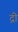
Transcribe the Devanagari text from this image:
द्री